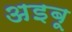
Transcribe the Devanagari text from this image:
अइबू